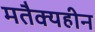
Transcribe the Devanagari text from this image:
मतैक्यहीन